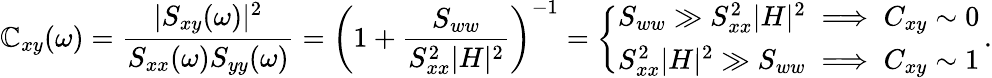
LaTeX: \mathbb{C}_{xy}(\omega)=\frac{{|S_{xy}(\omega)|^{2}}}{{S_{xx}(\omega)S_{yy}(\omega)}}=\biggl(1+\frac{{S_{ww}}}{{S_{xx}^{2}|H|^{2}}}\biggr)^{-1}=\left\{ \begin{array}{ll}{S_{ww}\gg S_{xx}^{2}|H|^{2}\implies C_{xy}\sim 0}\\ {S_{xx}^{2}|H|^{2}\gg S_{ww}\implies C_{xy}\sim 1}\end{array}\right.\, .